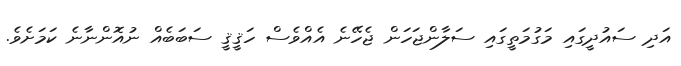
އަދި ސައުދީގައި މަގުމަތީގައި ސަލާންޖަހަން ޖެހޭނެ އެއްވެސް ހަޤީޤީ ސަބަބެއް ނުއޮންނާނެ ކަމަށެވެ.